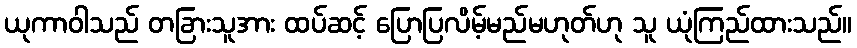
ယုကာဝါသည် တခြားသူအား ထပ်ဆင့် ပြောပြလိမ့်မည်မဟုတ်ဟု သူ ယုံကြည်ထားသည်။